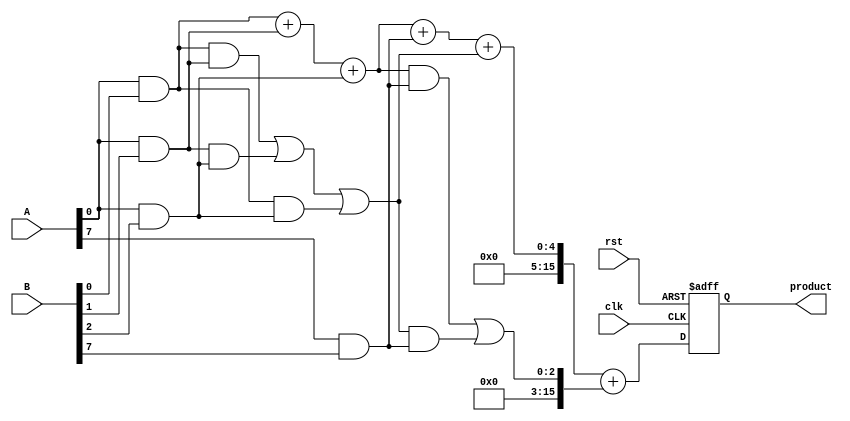
module AdaptiveWallaceTreeMultiplier #(parameter A_WIDTH = 8, B_WIDTH = 8, P_WIDTH = A_WIDTH + B_WIDTH)(
    input [A_WIDTH-1:0] A,
    input [B_WIDTH-1:0] B,
    input clk,
    input rst,
    output reg [P_WIDTH-1:0] product
);

// Intermediate signals for partial products
wire [A_WIDTH * B_WIDTH - 1:0] partial_products;
wire [A_WIDTH + B_WIDTH:0] sum1, sum2;

// Generate Partial Products
genvar i, j;
generate
    for (i = 0; i < A_WIDTH; i = i + 1) begin: pp_gen
        for (j = 0; j < B_WIDTH; j = j + 1) begin: pp_gen_inner
            assign partial_products[i * B_WIDTH + j] = A[i] & B[j];
        end
    end
endgenerate

// Wallace Tree Reduction using Carry-Save Adders (CSAs)
wire [A_WIDTH + B_WIDTH:0] carry_out, sum_out;
wire [A_WIDTH + B_WIDTH:0] sums [0:1];
wire [A_WIDTH + B_WIDTH:0] carries [0:1];

// Initializing the first layer of CSAs
assign sums[0] = {1'b0, partial_products[0]} + {1'b0, partial_products[1]} + {1'b0, partial_products[2]};
assign carries[0] = {1'b0, partial_products[0]} & {1'b0, partial_products[1]} | {1'b0, partial_products[1]} & {1'b0, partial_products[2]} | {1'b0, partial_products[0]} & {1'b0, partial_products[2]};

// Continue the CSA reduction for the remaining layers
generate
    for (i = 3; i < A_WIDTH * B_WIDTH; i = i + 1) begin: csa_reduction
        assign sums[1] = sums[0] + {1'b0, partial_products[i]} + carries[0];
        assign carries[1] = (sums[0] & {1'b0, partial_products[i]}) | (carries[0] & {1'b0, partial_products[i]});
    end
endgenerate

// Final Addition
wire [P_WIDTH-1:0] final_sum;
wire [P_WIDTH-1:0] final_carry;

assign final_sum = sums[1][P_WIDTH-1:0] + carries[1][P_WIDTH-1:0];

// Registering Output
always @(posedge clk or posedge rst) begin
    if (rst) begin
        product <= 0;
    end else begin
        product <= final_sum; // Assign the result to product
    end
end

endmodule